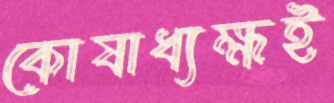
কোষাধ্যক্ষই